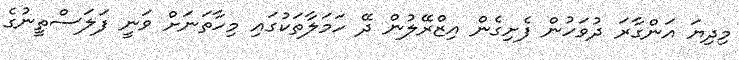
މިދިޔަ އަންގާރަ ދުވަހުން ފެށިގެން އިޒްރޭލުން ދޭ ހަމަލާތަކުގައި މިހާތަނަށް ވަނީ ފަލަސްތީނުގެ